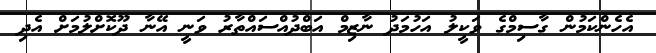
އެހެންކަމުން ގާސިމްގެ ވަކީލު އަހުމަދު ނާޒިމް އަބްދުއްސައްތާރު ވަނީ އޭނާ ދޫކޮށްލުމަށް އެދި